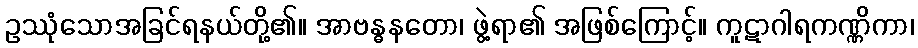
ဥဿုံသောအခြင်ရနယ်တို့၏။ အာဗန္ဓနတော၊ ဖွဲ့ရာ၏ အဖြစ်ကြောင့်။ ကူဋာဂါရကဏ္ဏိကာ၊